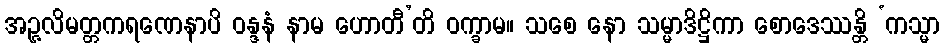
အဉ္ဇလိမတ္တကရဏေနာပိ ဝန္ဒနံ နာမ ဟောတီ’တိ ဝက္ခာမ။ သစေ နော သမ္မာဒိဋ္ဌိကာ စောဒေဿန္တိ ‘ကသ္မာ